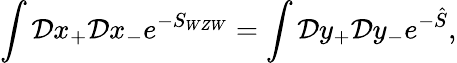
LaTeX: \int{\cal D}x_{+}{\cal D}x_{-}e^{-S_{WZW}}=\int{\cal D}y_{+}{\cal D}y_{-}e^{-\hat{S}},